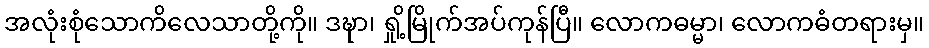
အလုံးစုံသောကိလေသာတို့ကို။ ဒဍ္ဎာ၊ ရှို့မြိုက်အပ်ကုန်ပြီ။ လောကဓမ္မာ၊ လောကဓံတရားမှ။